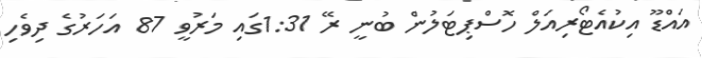
އައްޑޫ އިކުއެޓޯރިއަލް ހޮސްޕިޓަލުން ބުނީ ރޭ 1:31ގައި މަރުވީ 87 އަހަރުގެ ދިވެހި